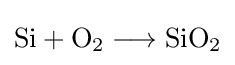
{\mathrm {Si} {}+{}\mathrm {O} {\vphantom {A}}_{\smash[{t}]{2}}{}\mathrel {\longrightarrow } {}\mathrm {SiO} {\vphantom {A}}_{\smash[{t}]{2}}}